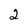
Character: 2